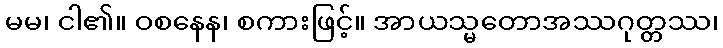
မမ၊ ငါ၏။ ဝစနေန၊ စကားဖြင့်။ အာယသ္မတောအဿဂုတ္တဿ၊